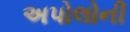
અપોલોની